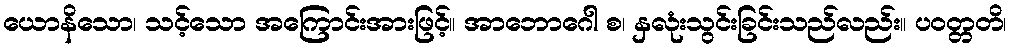
ယောနိသော၊ သင့်သော အကြောင်းအားဖြင့်။ အာဘောဂေါ စ၊ နှလုံးသွင်းခြင်းသည်လည်း။ ပဝတ္တတိ၊